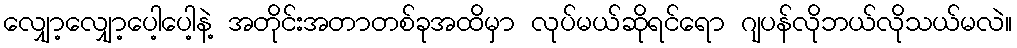
လျှော့လျှော့ပေါ့ပေါ့နဲ့ အတိုင်းအတာတစ်ခုအထိမှာ လုပ်မယ်ဆိုရင်ရော ဂျပန်လိုဘယ်လိုသယ်မလဲ။